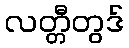
လတ္တီတွဒ်